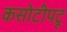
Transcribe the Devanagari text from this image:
कसोटीपटू